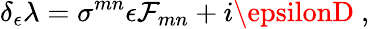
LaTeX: \delta_{\epsilon}\lambda=\sigma^{mn}\epsilon\mathcal{F}_{mn}+i\epsilonD\ ,